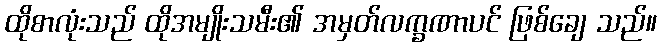
ထိုစာလုံးသည် ထိုအမျိုးသမီး၏ အမှတ်လက္ခဏာပင် ဖြစ်ချေ သည်။